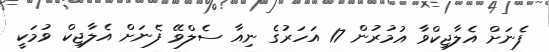
ފެނަށް އެލާޖިކްވާ އުމުުރުން 17 އަހަރުގެ ނިއާ ސެލްވޭ ފެނަށް އެލާޖިކް ވުމަކީ